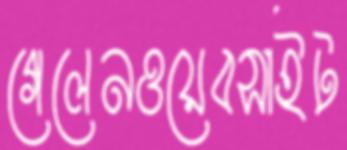
গেলেনওয়েবসাইট